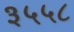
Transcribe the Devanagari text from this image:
३५५८